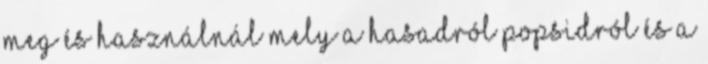
meg és használnál mely a hasadról popsidról és a